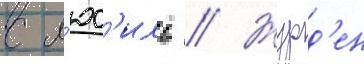
с л'юс'иль // Журд'ен